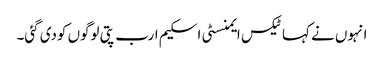
انہوں نے کہا ٹیکس ایمنسٹی اسکیم ارب پتی لوگوں کودی گئی۔